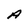
Character: A